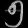
Digit: ၅